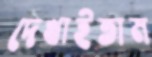
দেখাইতাম